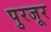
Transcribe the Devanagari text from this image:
पुरजूर